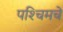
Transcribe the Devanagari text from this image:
पश्‍चिमचे